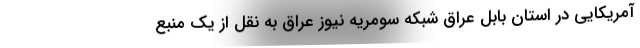
آمریکایی در استان بابِل عراق شبکه سومریه نیوز عراق به نقل از یک منبع